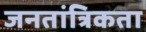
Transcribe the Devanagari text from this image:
जनतांत्रिकता